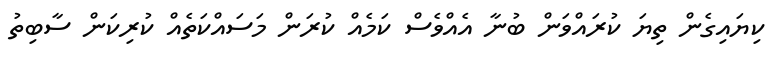
ކިޔައިގެން ތިޔަ ކުރައްވަން ބުނާ އެއްވެސް ކަމެއް ކުރަން މަސައްކަތެއް ކުރިކަން ސާބިތު